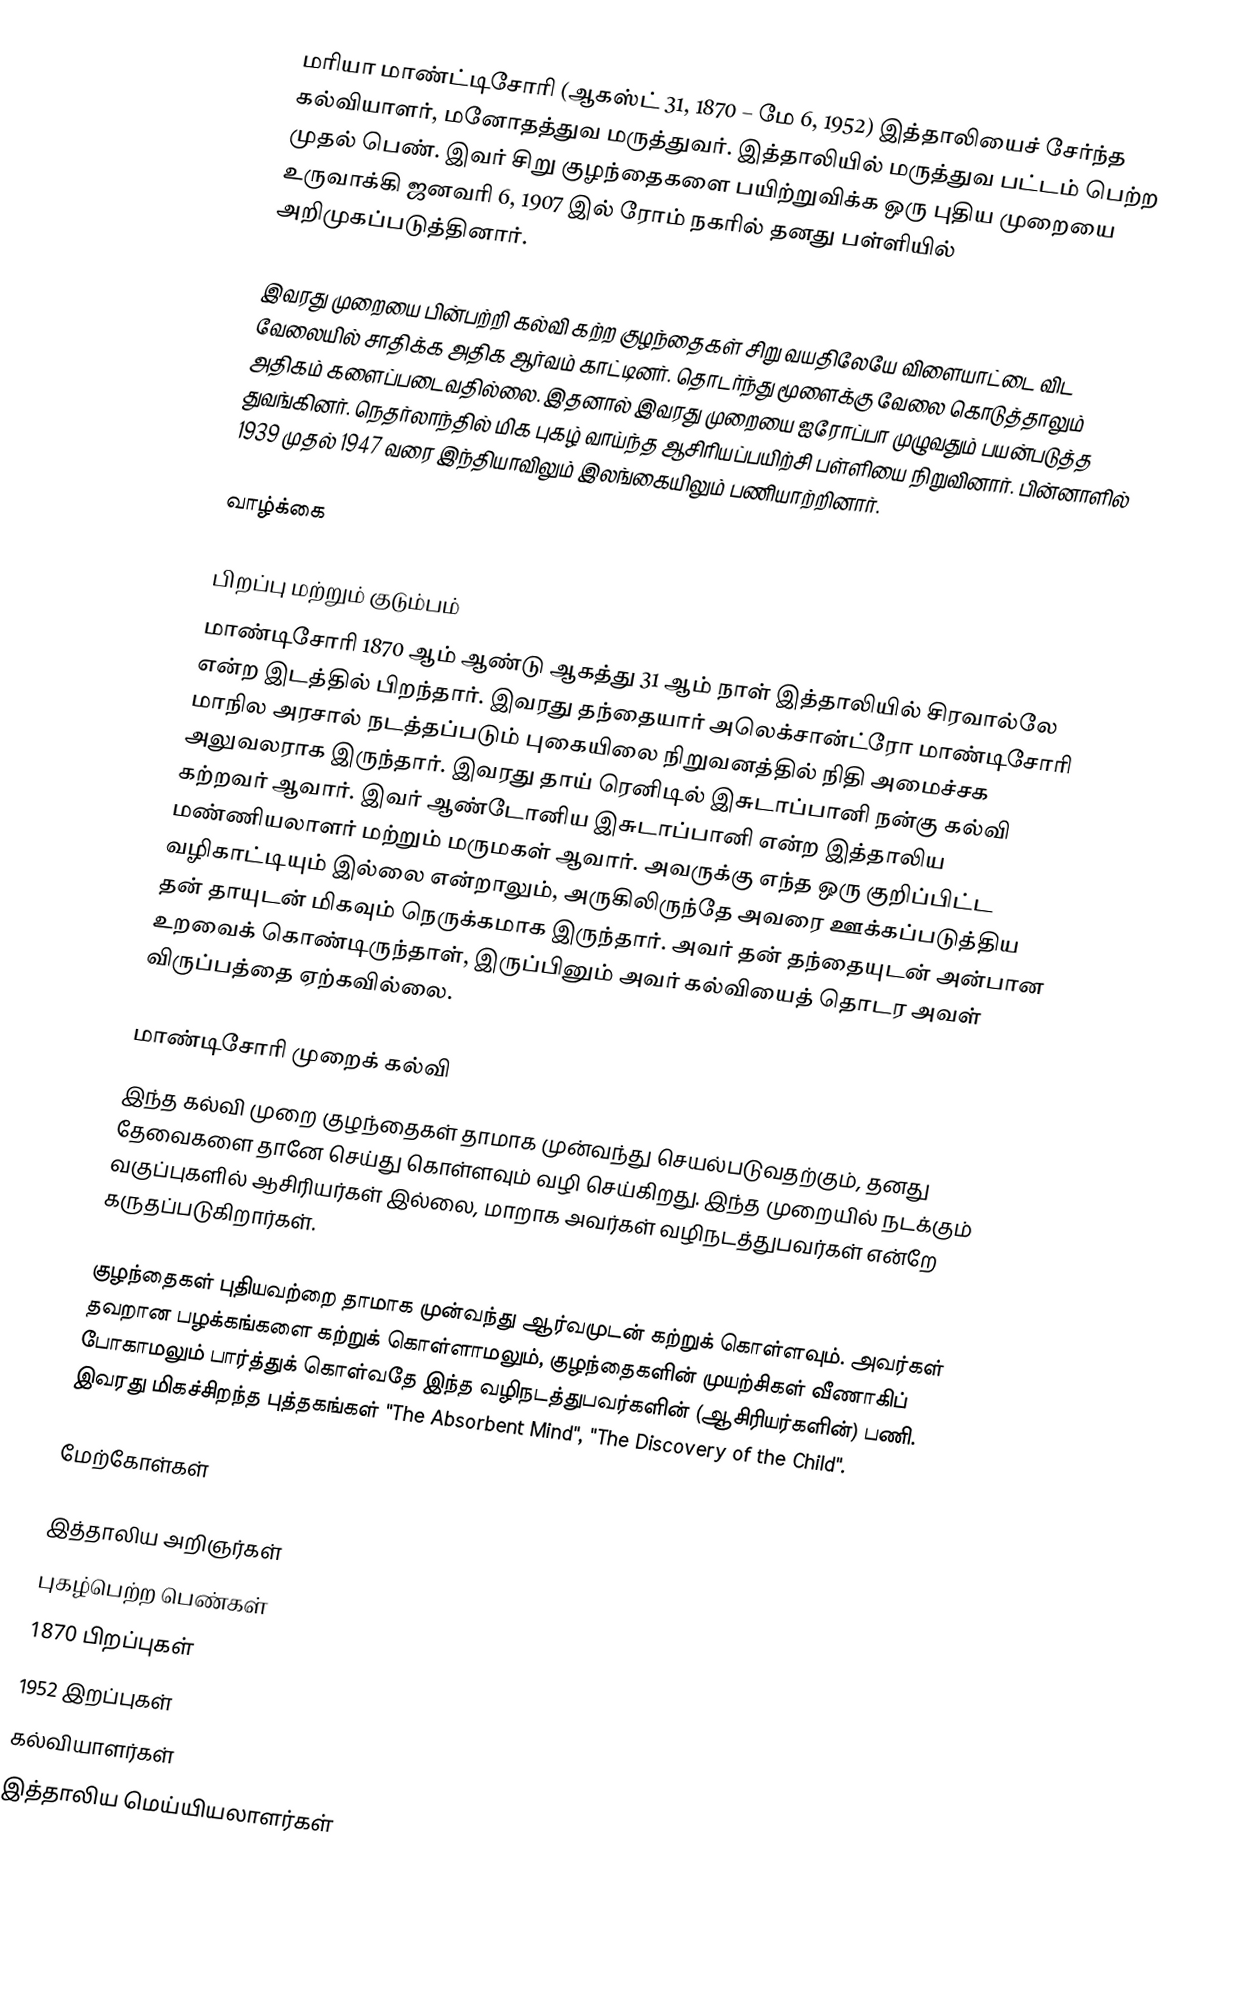
மரியா மாண்ட்டிசோரி (ஆகஸ்ட் 31, 1870 – மே 6, 1952) இத்தாலியைச் சேர்ந்த கல்வியாளர், மனோதத்துவ மருத்துவர். இத்தாலியில் மருத்துவ பட்டம் பெற்ற முதல் பெண். இவர் சிறு குழந்தைகளை பயிற்றுவிக்க ஒரு புதிய முறையை உருவாக்கி ஜனவரி 6, 1907 இல் ரோம் நகரில் தனது பள்ளியில் அறிமுகப்படுத்தினார்.

இவரது முறையை பின்பற்றி கல்வி கற்ற குழந்தைகள் சிறு வயதிலேயே விளையாட்டை விட வேலையில் சாதிக்க அதிக ஆர்வம் காட்டினர். தொடர்ந்து மூளைக்கு வேலை கொடுத்தாலும் அதிகம் களைப்படைவதில்லை. இதனால் இவரது முறையை ஐரோப்பா முழுவதும் பயன்படுத்த துவங்கினர். நெதர்லாந்தில் மிக புகழ் வாய்ந்த ஆசிரியப்பயிற்சி பள்ளியை நிறுவினார். பின்னாளில் 1939 முதல் 1947 வரை இந்தியாவிலும் இலங்கையிலும் பணியாற்றினார்.

வாழ்க்கை

பிறப்பு மற்றும் குடும்பம்
மாண்டிசோரி 1870 ஆம் ஆண்டு ஆகத்து 31 ஆம் நாள் இத்தாலியில் சிரவால்லே என்ற இடத்தில் பிறந்தார். இவரது தந்தையார் அலெக்சான்ட்ரோ மாண்டிசோரி மாநில அரசால் நடத்தப்படும் புகையிலை நிறுவனத்தில் நிதி அமைச்சக அலுவலராக இருந்தார். இவரது தாய் ரெனிடில் இசுடாப்பானி நன்கு கல்வி கற்றவர் ஆவார். இவர் ஆண்டோனிய இசுடாப்பானி என்ற இத்தாலிய மண்ணியலாளர் மற்றும் மருமகள் ஆவார். அவருக்கு எந்த ஒரு குறிப்பிட்ட வழிகாட்டியும் இல்லை என்றாலும்,  அருகிலிருந்தே அவரை ஊக்கப்படுத்திய தன் தாயுடன் மிகவும் நெருக்கமாக இருந்தார். அவர் தன் தந்தையுடன் அன்பான உறவைக் கொண்டிருந்தாள், இருப்பினும் அவர் கல்வியைத் தொடர அவள் விருப்பத்தை ஏற்கவில்லை.

மாண்டிசோரி முறைக் கல்வி
இந்த கல்வி முறை குழந்தைகள் தாமாக முன்வந்து செயல்படுவதற்கும், தனது தேவைகளை தானே செய்து கொள்ளவும் வழி செய்கிறது. இந்த முறையில் நடக்கும் வகுப்புகளில் ஆசிரியர்கள் இல்லை, மாறாக அவர்கள் வழிநடத்துபவர்கள் என்றே கருதப்படுகிறார்கள்.

குழந்தைகள் புதியவற்றை தாமாக முன்வந்து ஆர்வமுடன் கற்றுக் கொள்ளவும். அவர்கள் தவறான பழக்கங்களை கற்றுக் கொள்ளாமலும், குழந்தைகளின் முயற்சிகள் வீணாகிப் போகாமலும் பார்த்துக் கொள்வதே இந்த வழிநடத்துபவர்களின் (ஆசிரியர்களின்) பணி. இவரது மிகச்சிறந்த புத்தகங்கள் "The Absorbent Mind", "The Discovery of the Child".

மேற்கோள்கள்

இத்தாலிய அறிஞர்கள்
புகழ்பெற்ற பெண்கள்
1870 பிறப்புகள்
1952 இறப்புகள்
கல்வியாளர்கள்
இத்தாலிய மெய்யியலாளர்கள்